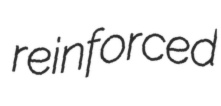
reinforced